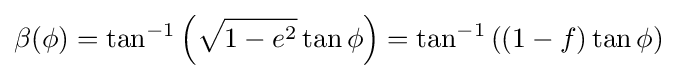
\beta (\phi )=\tan ^{-1}\left({\sqrt {1-e^{2}}}\tan \phi \right)=\tan ^{-1}\left((1-f)\tan \phi \right)